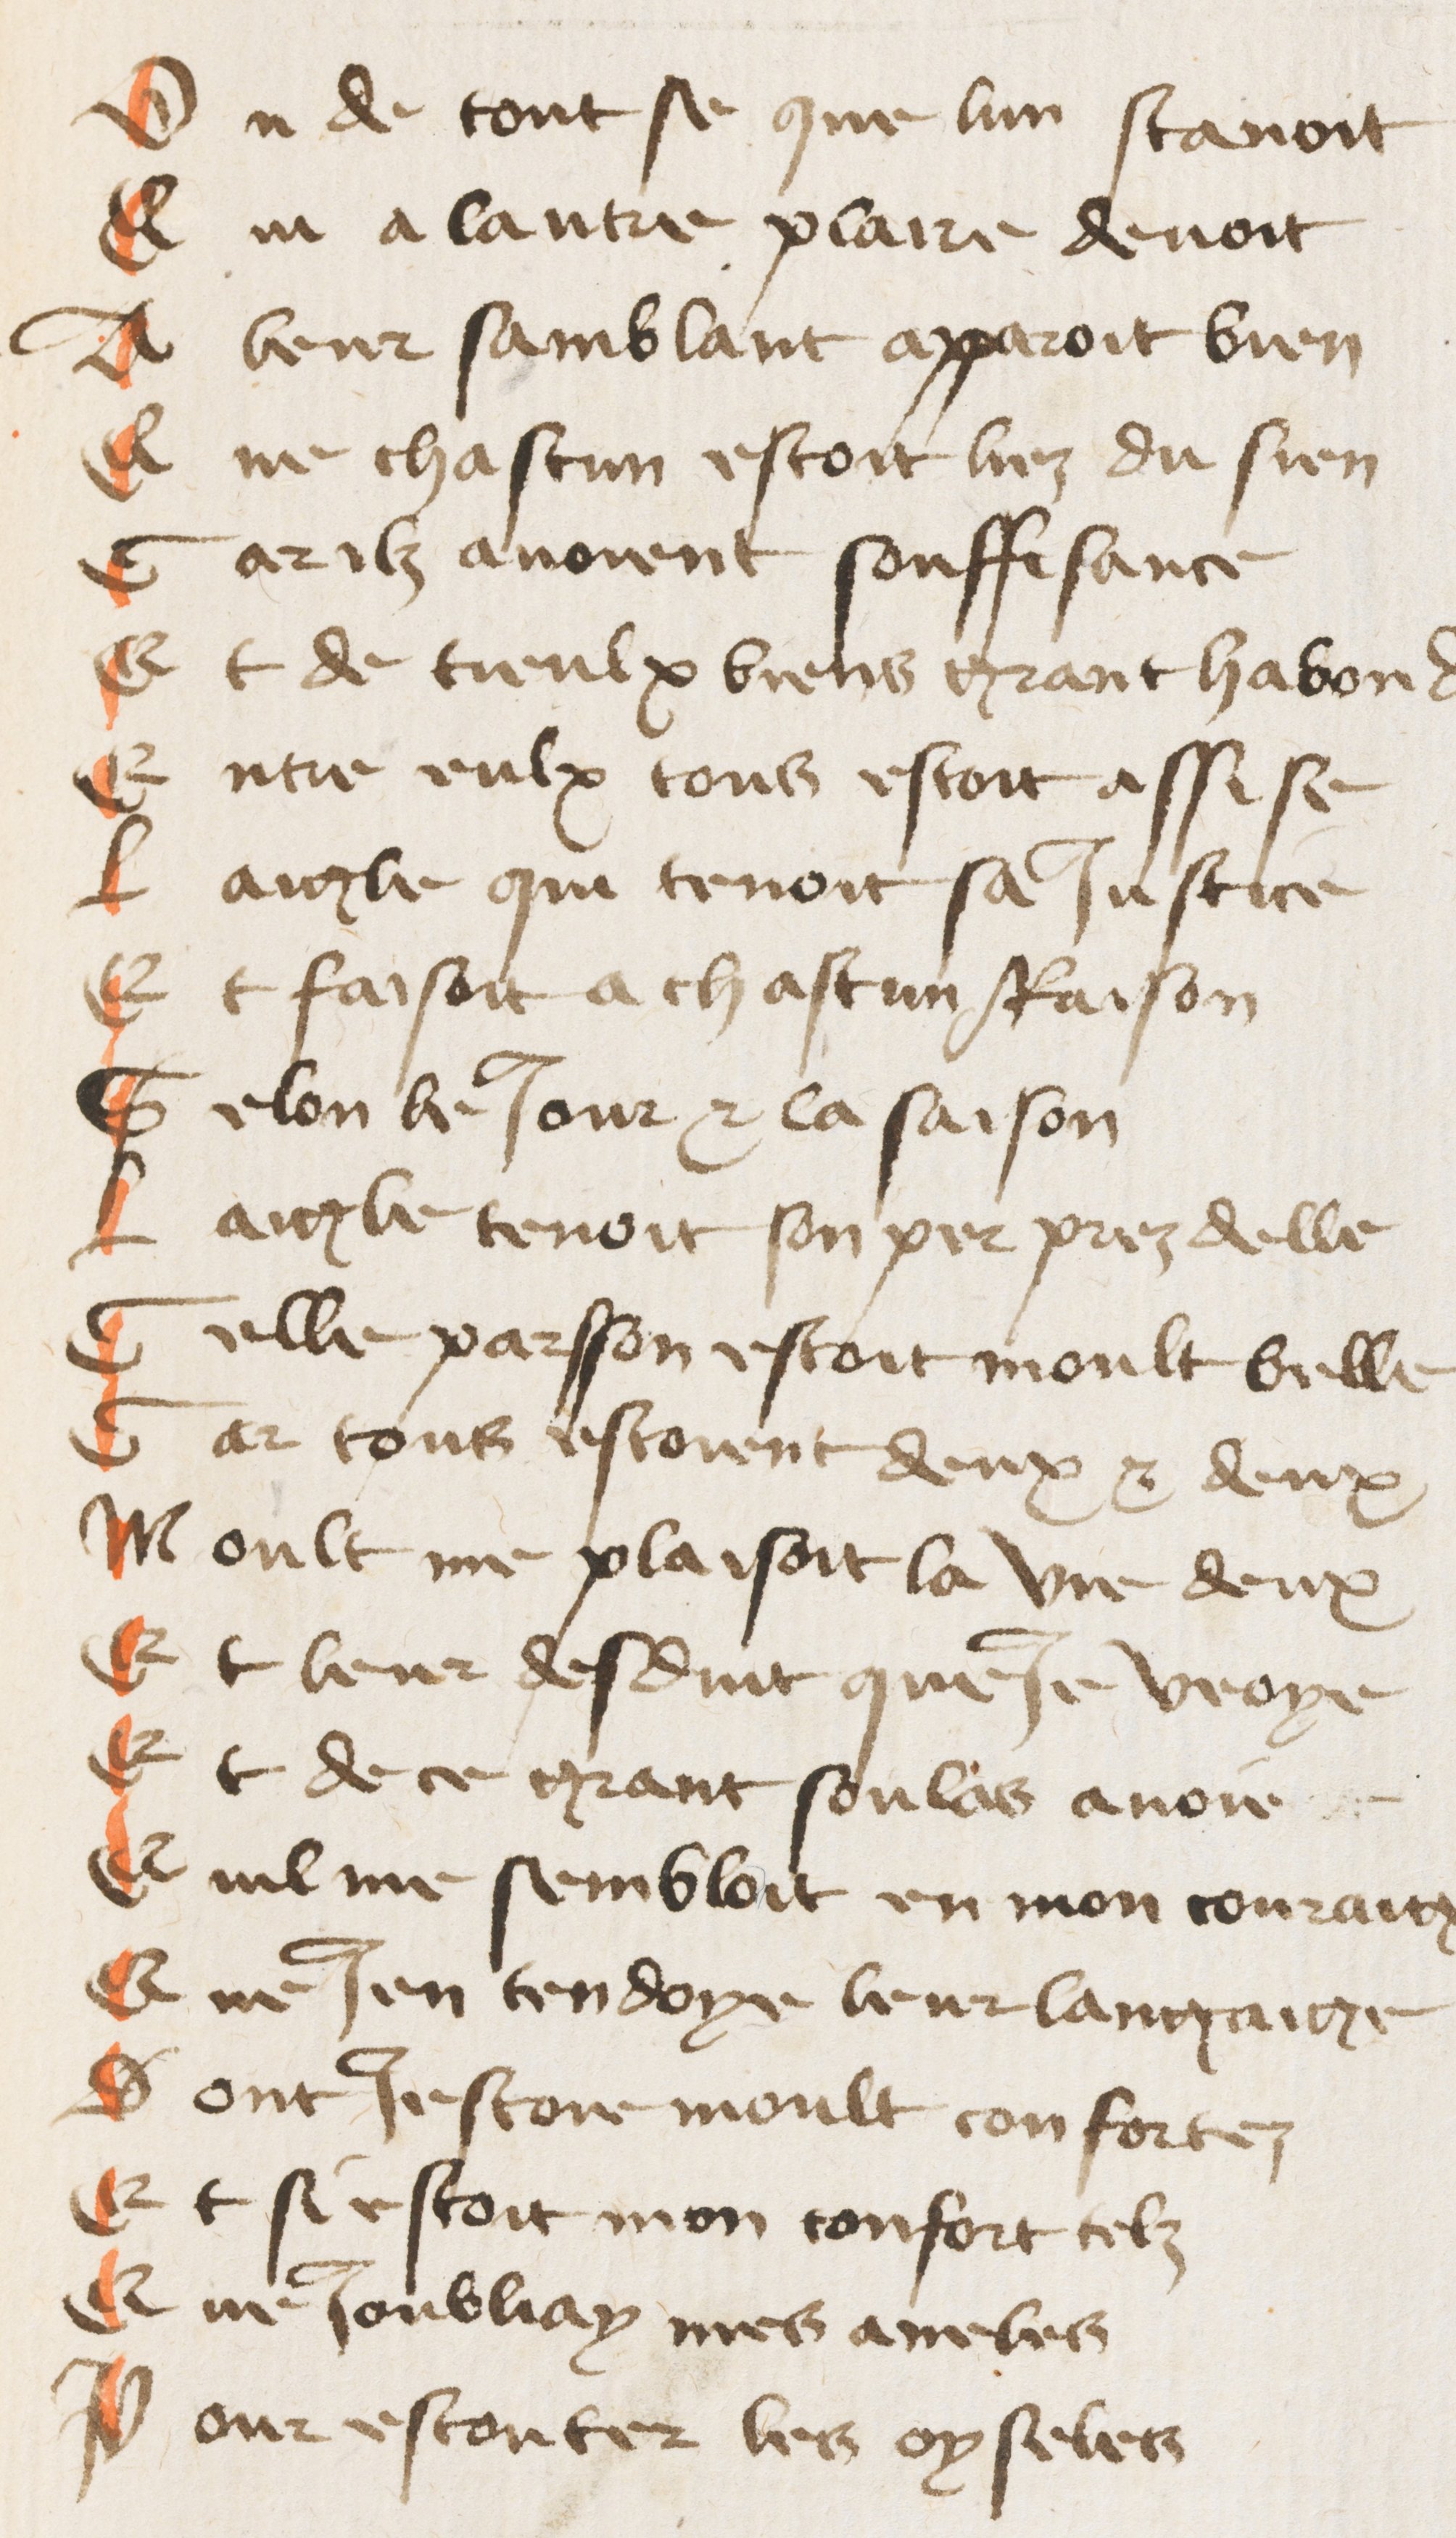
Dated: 1425–1435